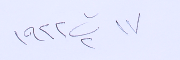
١٧ ت٢ ١٩٢٢